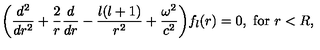
\displaystyle { \left( \frac { d ^ { 2 } } { d r ^ { 2 } } + \frac { 2 } { r } \frac { d } { d r } - \frac { l ( l + 1 ) } { r ^ { 2 } } + \frac { \omega ^ { 2 } } { c ^ { 2 } } \right) } f _ { l } ( r ) = 0 , \ \mathrm { f o r } \ r < R ,